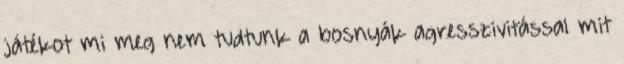
játékot mi meg nem tudtunk a bosnyák agresszivitással mit